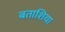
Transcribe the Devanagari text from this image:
बताशिया